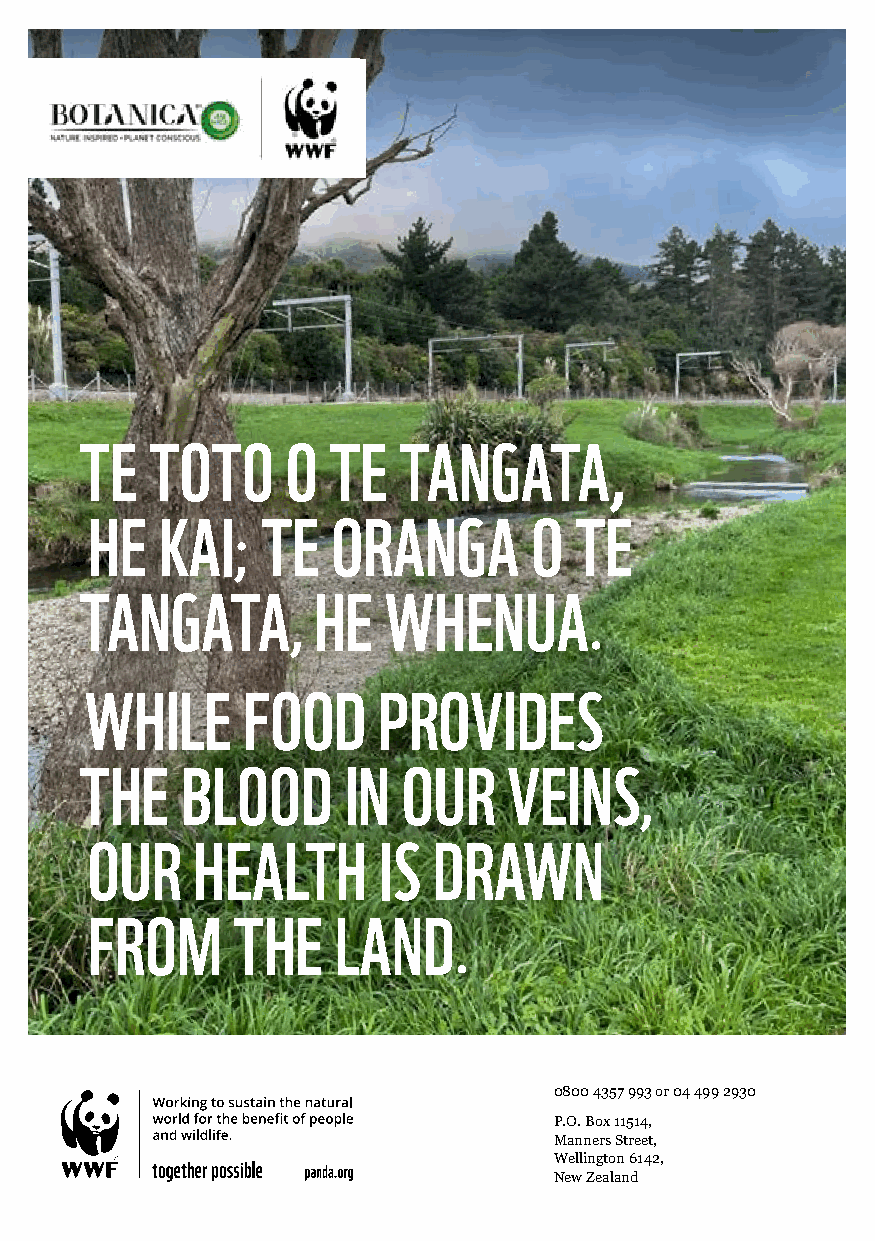
TE   TOTO     O  TE  TANGATA,
 HE   KAI   TE   ORANGA       O  TE
 ;
 TANGATA         HE  WHENUA
 ,                   .
 WHILE     FOOD     PROVIDES
 THE    BLOOD      IN  OUR    VEINS
 ,
 OUR    HEALTH      IS  DRAWN
 FROM     THE    LAND
 .
 0800 4357 993 or 04 499 2930
 P.O. Box 11514,
 Manners Street,
 Wellington 6142,
 New Zealand